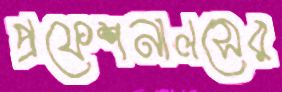
প্রফেশনালসের